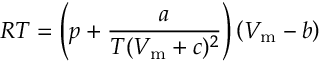
R T = \left( p + { \frac { a } { T ( V _ { \mathrm { m } } + c ) ^ { 2 } } } \right) \left( V _ { \mathrm { m } } - b \right)